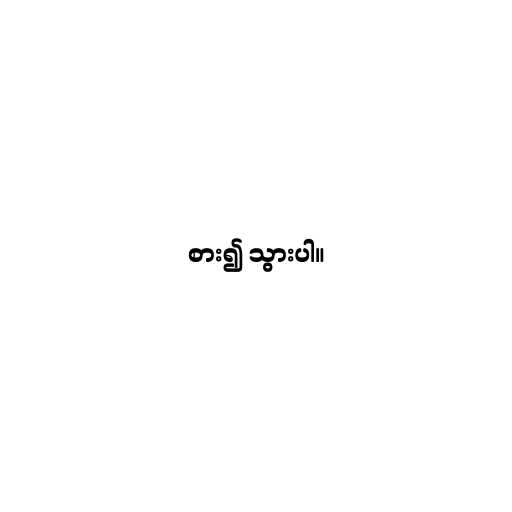
စား၍ သွားပါ။